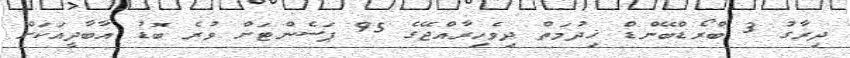
ދިރާގު 3 ބްރޯޑްބޭންޑް ޚިދުމަތް ދިވެހިރާއްޖޭގެ 95 ޕަސެންޓަށް ވުރެ ބޮޑު އާބާދީއަކަށް